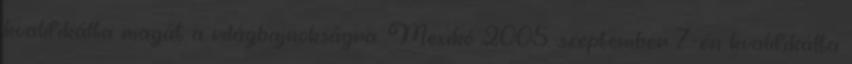
kvalifikálta magát a világbajnokságra. Mexikó 2005. szeptember 7-én kvalifikálta